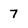
Character: 7